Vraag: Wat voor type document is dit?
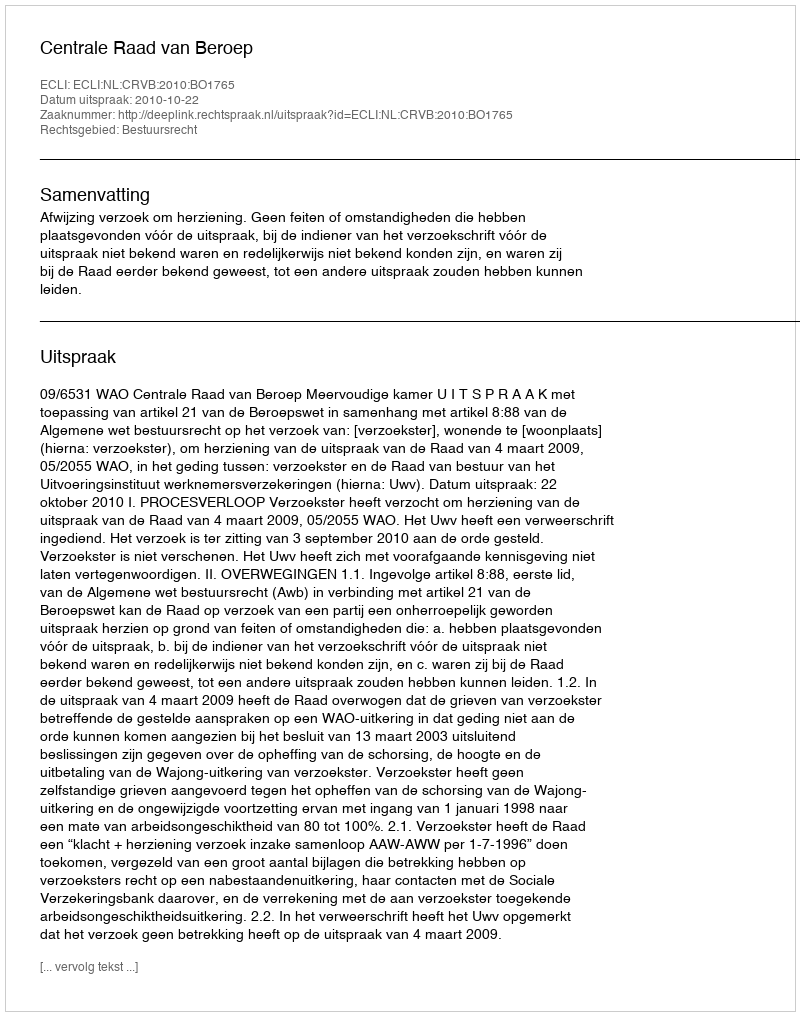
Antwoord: Uitspraak